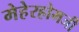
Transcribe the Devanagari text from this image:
मेहेरहोमजी